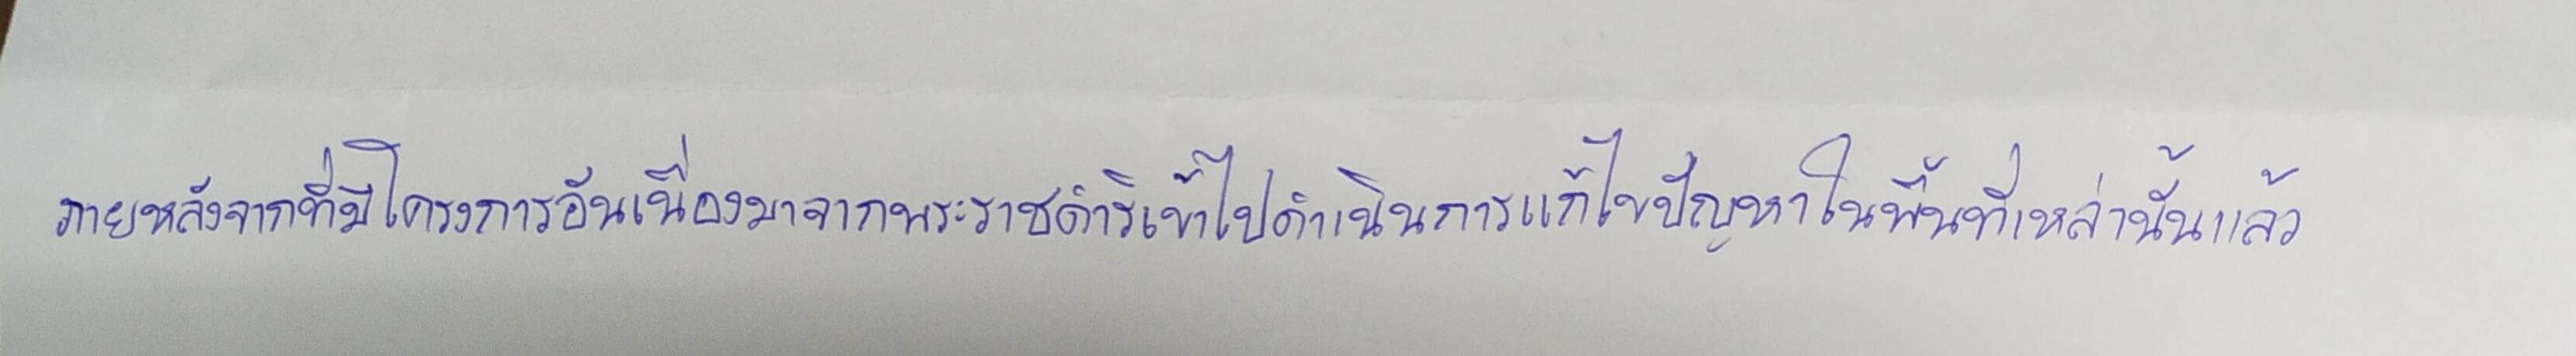
ภายหลังจากที่มีโครงการอันเนื่องมาจากพระราชดำริเข้าไปดำเนินการแก้ปัญหาในพื้นที่เหล่านั้นแล้ว